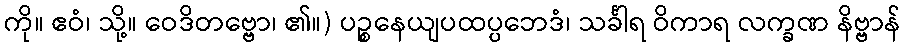
ကို။ ဧဝံ၊ သို့။ ဝေဒိတဗ္ဗော၊ ၏။) ပဉ္စနေယျပထပ္ပဘေဒံ၊ သင်္ခါရ ဝိကာရ လက္ခဏ နိဗ္ဗာန်